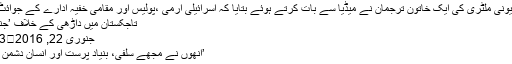
صہیونی ملٹری کی ایک خاتون ترجمان نے میڈیا سے بات کرتے ہوئے بتایا کہ اسرائیلی آرمی ،پولیس اور مقامی خفیہ ادارے کے جوائٹ ...
تاجکستان میں داڑھی کے خلاف ’جنگ‘
جنوری 22, 2016	233
’انھوں نے مجھے سلفی، بنیاد پرست اور انسان دشمن کہا۔